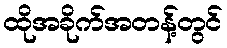
ထိုအခိုက်အတန့်တွင်